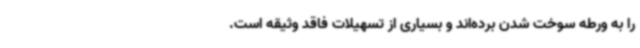
را به ورطه سوخت شدن برده‌اند و بسیاری از تسهیلات فاقد وثیقه است.